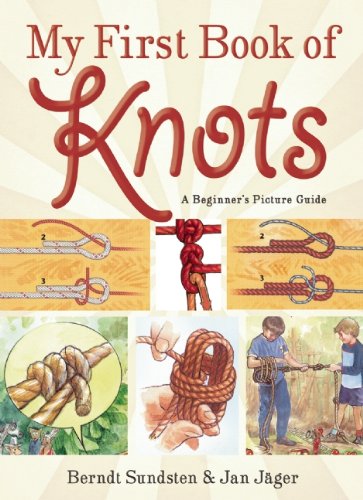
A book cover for My First Book of Knots: A BeginnerEEs Picture Guide; Berndt Sundsten; Crafts, Hobbies & Home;